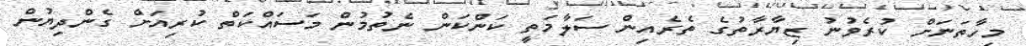
މިހާތަނަށް ކުރެވުނު ޒިޔާރާތުގެ ތެރެއިން ސަލާމަތީ ކަންކަން ނެތުމުން މަސައްކަތް ކުރިއަށް ގެންދިޔުން